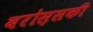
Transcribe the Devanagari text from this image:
बरोस़सकी